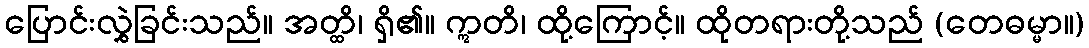
ပြောင်းလွှဲခြင်းသည်။ အတ္ထိ၊ ရှိ၏။ ဣတိ၊ ထို့ကြောင့်။ ထိုတရားတို့သည် (တေဓမ္မာ။)